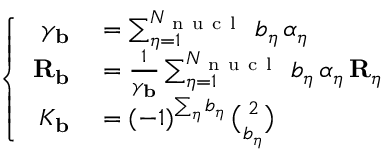
\left\lbrace \begin{array} { r l } { \gamma _ { \mathbf { b } } } & { { } = \sum _ { \eta = 1 } ^ { N _ { \mathrm { ~ n ~ u ~ c ~ l ~ } } } \, b _ { \eta } \, \alpha _ { \eta } } \\ { { \mathbf { R } _ { \mathbf { b } } } } & { { } = \frac { 1 } { \gamma _ { \mathbf { b } } } \sum _ { \eta = 1 } ^ { N _ { \mathrm { ~ n ~ u ~ c ~ l ~ } } } \, b _ { \eta } \, \alpha _ { \eta } \, { \mathbf { R } _ { \eta } } } \\ { K _ { \mathbf { b } } } & { { } = ( - 1 ) ^ { \sum _ { \eta } b _ { \eta } } \, { \binom { 2 } { b _ { \eta } } } } \end{array} \right.